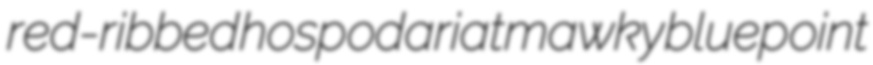
red-ribbed hospodariat mawky bluepoint